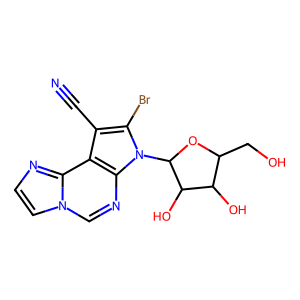
SMILES: N#Cc1c(Br)n(C2OC(CO)C(O)C2O)c2ncn3ccnc3c12
Inhibits HIV replication: No